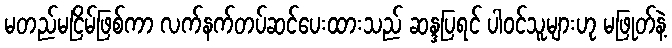
မတည်မငြိမ်ဖြစ်ကာ လက်နက်တပ်ဆင်ပေးထားသည် ဆန္ဒပြရင် ပါဝင်သူများဟု မဖြုတ်နဲ့